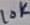
Text: 10K